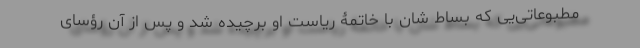
مطبوعاتی‌یی که بساط شان با خاتمۀ ریاست او برچیده شد و پس از آن رؤسای